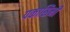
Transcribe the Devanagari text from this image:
पकासिनी